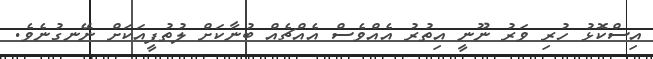
އިސްކޮޅު ހުރި ވަރު ނޫނީ އިތުރު އެއްވެސް އެއްޗެއް ބުނާކަށް ލުތުފީއަކަށް ނޭނގުނެވެ.